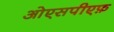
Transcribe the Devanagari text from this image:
ओएसपीएफ़